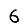
Digit: 6